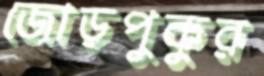
জোড়পুকুর